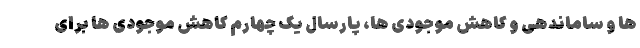
ها و ساماندهی و کاهش موجودی ها، پارسال یک چهارم کاهش موجودی ها برای